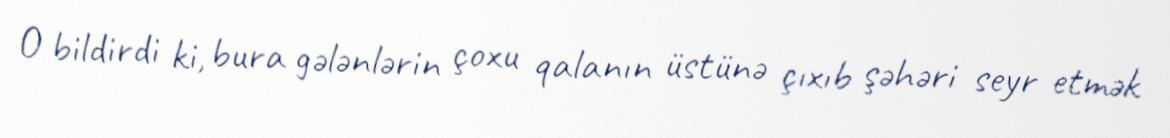
O bildirdi ki, bura gələnlərin çoxu qalanın üstünə çıxıb şəhəri seyr etmək